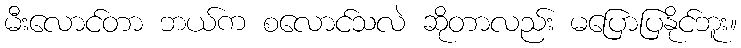
မီးလောင်တာ ဘယ်က စလောင်သလဲ ဆိုတာလည်း မပြောပြနိုင်ဘူး။